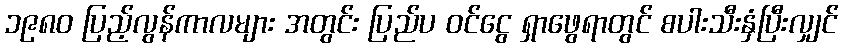
၁၉၈၀ ပြည့်လွန်ကာလများ အတွင်း ပြည်ပ ဝင်ငွေ ရှာဖွေရာတွင် စပါးသီးနှံပြီးလျှင်